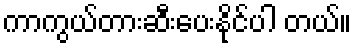
ကာကွယ်တားဆီးပေးနိုင်ပါ တယ်။